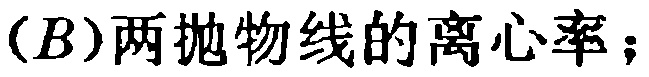
$(B)两抛物线的离心率；$